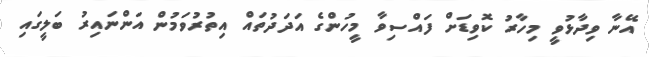
އޭނާ ވިދާޅުވީ މިހާރު ކޮވިޑަށް ފައްސިވާ މީހުންގެ އަދަދުތައް އިތުރުވަމުން އަންނައިރު ބަލީގައި